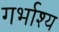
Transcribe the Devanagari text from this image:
गर्भाश्य